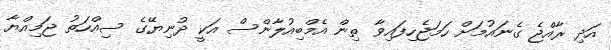
އަދި ރާއްޖެ ގެނައުމަށް ހަމަޖެހިފައިވާ ތިން އެމްބިއުލާންސް އަކީ ދުނިޔޭގެ ސިއްހަތު ޖަމިއްޔާ